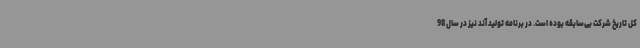
کل تاریخ شرکت بی‌سابقه بوده است. در برنامه تولید آند نیز در سال 98